Tezpur Lunatic Asylum reports 1877-1894 - 1877-1894
Year: 1877
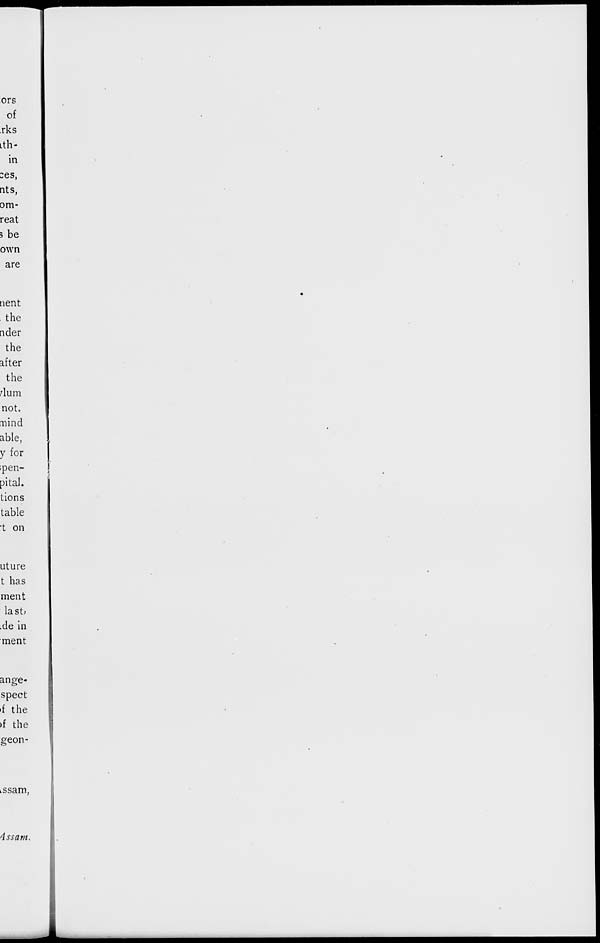
ors
of
rks
ith-
in
nts,
om-
reat
5 be
own
are
nent
the
rider
the
after
the
A urn
not.
nind
able,
y for
ipen-
pital.
tions
table
*t on
uture
t has
ment
last;
.de in
ment
ange-
spect
»f the
)f the
geon-
issam,
Assam.